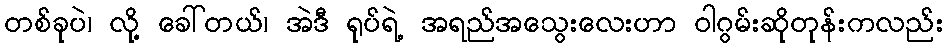
တစ်ခုပဲ၊ လို့ ခေါ်တယ်၊ အဲဒီ ရုပ်ရဲ့ အရည်အသွေးလေးဟာ ဝါဂွမ်းဆိုတုန်းကလည်း